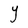
Character: Y